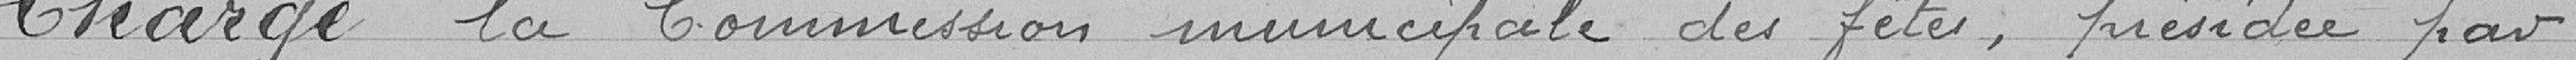
Chargé de la Commission municipale des fêtes, présidée par